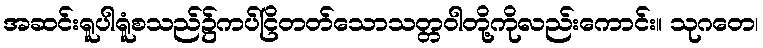
အဆင်းရူပါရူံစသည်၌ကပ်ငြိတတ်သောသတ္တဝါတို့ကိုလည်းကောင်း။ သုဂတေ၊